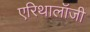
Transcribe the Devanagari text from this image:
एरिथालॉजी